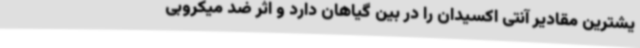
یشترین مقادیر آنتی اکسیدان را در بین گیاهان دارد و اثر ضد میکروبی